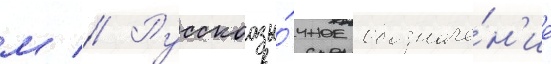
м // Русскоазы́чное обозначе́н'ие